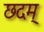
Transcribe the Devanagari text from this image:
छदम्